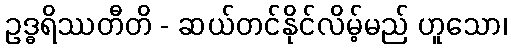
ဥဒ္ဓရိဿတီတိ - ဆယ်တင်နိုင်လိမ့်မည် ဟူသော၊